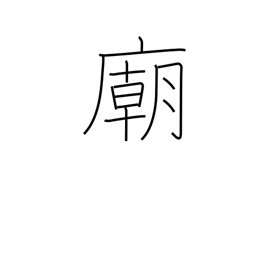
Meaning: mausoleum